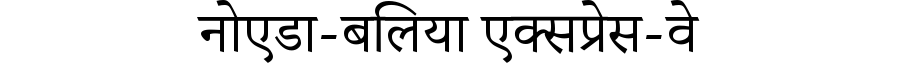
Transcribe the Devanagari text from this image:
नोएडा-बलिया एक्सप्रेस-वे